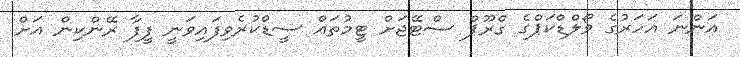
އަންނަ އަހަރުގެ ވޯލްޑްކަޕްގެ ގްރޫޕް ސްޓޭޖަށް ޓީމުތައް ސީޑްކުރެވިފައިވަނީ ފީފާ ރޭންކިން އަށް